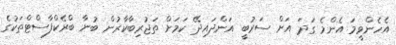
އެހެންވީމަ އެންމެ ގަދަ އަށް ސަރުބީ އަންދައިދޭ ކަމަށް ތަޖުރިބާކާރުން ބުނާ ބްރެކްފާސްޓްތަކުގެ